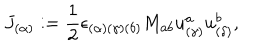
J _ { ( \alpha ) } : = { \frac { 1 } { 2 } } \epsilon _ { ( \alpha ) ( \gamma ) ( \delta ) } { M } _ { a b } u _ { ( \gamma ) } ^ { a } u _ { ( \delta ) } ^ { b } ,